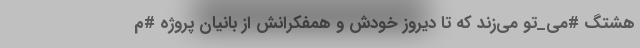
هشتگ #می_تو می‌زند که تا دیروز خودش و همفکرانش از بانیان پروژه #م